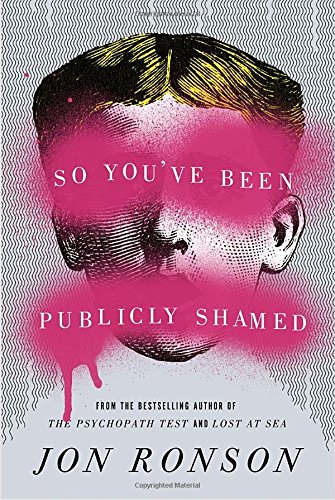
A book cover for So You've Been Publicly Shamed; Jon Ronson; Self-Help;